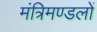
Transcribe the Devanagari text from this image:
मंत्रिमण्डलों